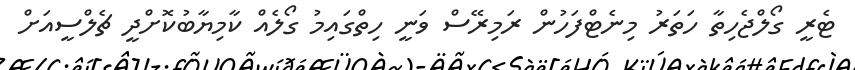
ޓެރީ ގޯލްޖެހިތާ ހަތަރު މިނެޓްފަހުން ރަމިރޭސް ވަނީ ހިތްގައިމު ގޯލެއް ކާމިޔާބުކޮށްދީ ޗެލްސީއަށް